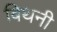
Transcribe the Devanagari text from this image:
बिथनी